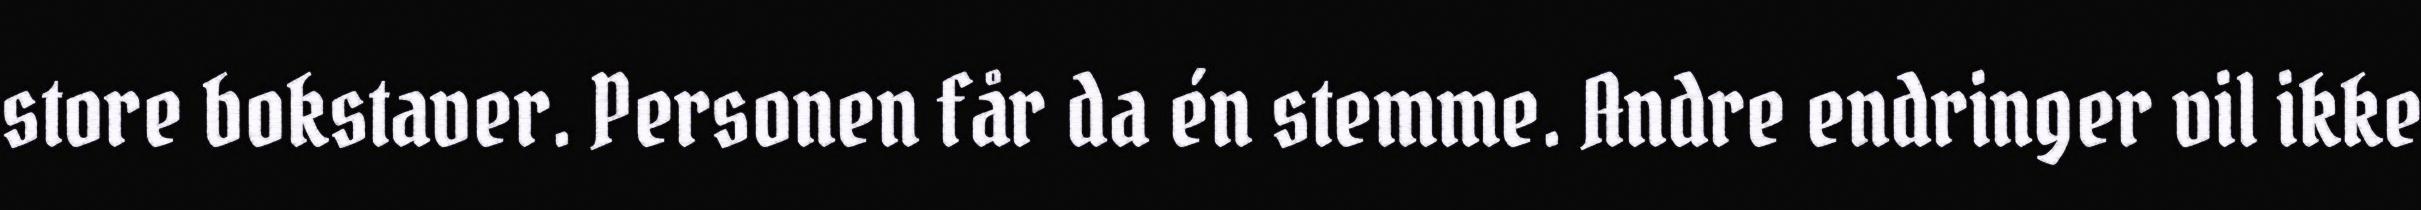
store bokstaver. Personen får da én stemme. Andre endringer vil ikke